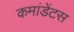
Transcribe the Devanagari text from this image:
कमांडेंटस